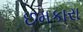
છમકારા